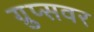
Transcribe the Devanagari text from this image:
ग्रुप्सवर